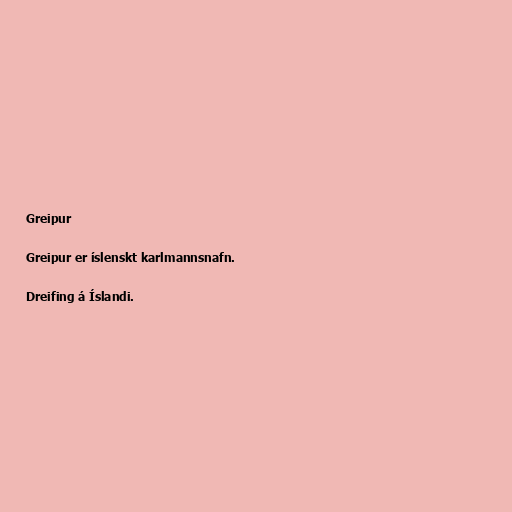
Greipur

Greipur er íslenskt karlmannsnafn.

Dreifing á Íslandi.